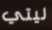
ليتي